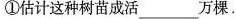
①估计这种树苗成活万棵.